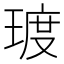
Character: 𪻿